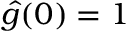
\hat { g } ( 0 ) = 1